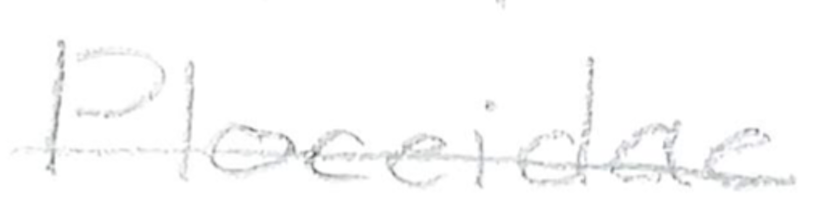
Text: Ploceidae
Cross-out: single-line
Writing tool: pencil